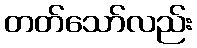
တတ်သော်လည်း